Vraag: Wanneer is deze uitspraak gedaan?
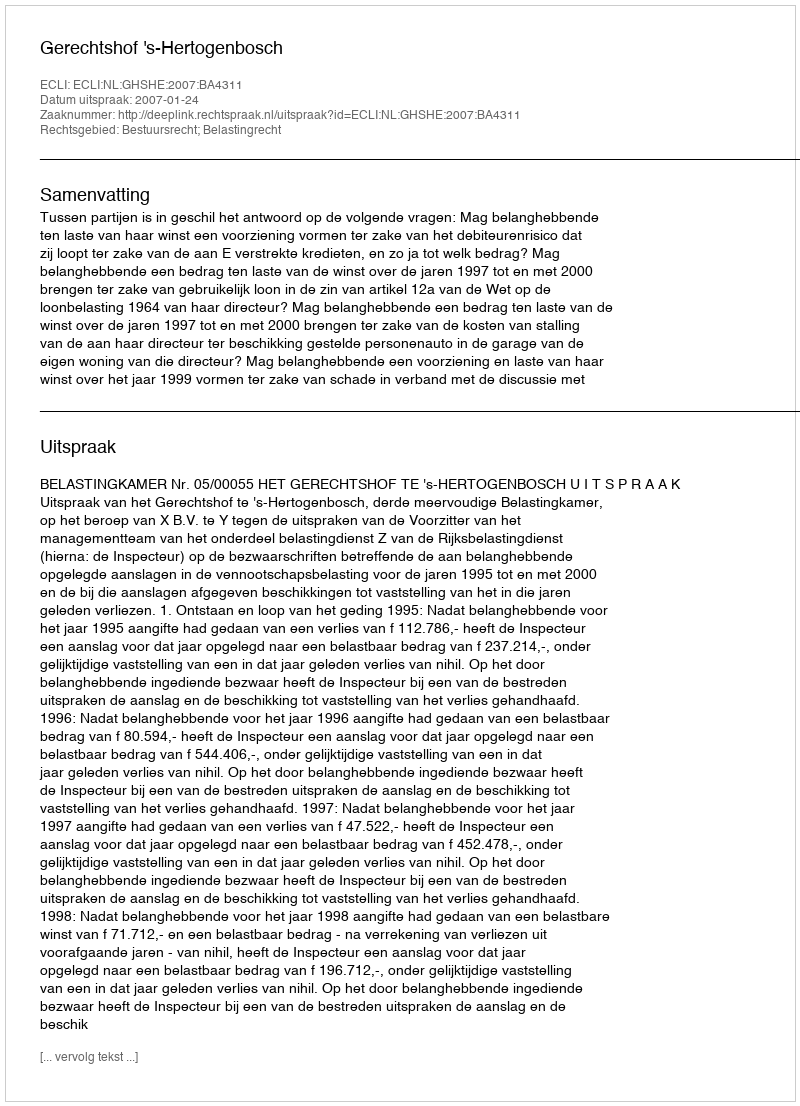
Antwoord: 2007-01-24